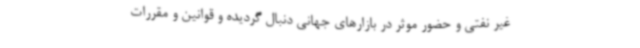
غیر نفتی و حضور موثر در بازارهای جهانی دنبال گردیده و قوانین و مقررات